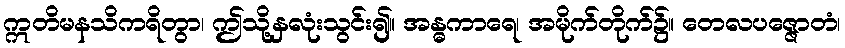
ဣတိမနသိကရိတွာ၊ ဤသို့နှလုံးသွင်း၍။ အန္ဓကာရေ၊ အမိုက်တိုက်၌။ တေလပဇ္ဇောတံ၊